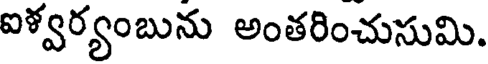
ఐళ్వర్యంబును అంతరించుసుమి.